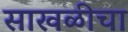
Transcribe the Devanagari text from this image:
साखळीचा